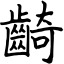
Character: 齮